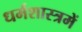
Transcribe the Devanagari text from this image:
धर्मशास्त्रमें